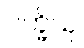
ပက္ခိသု